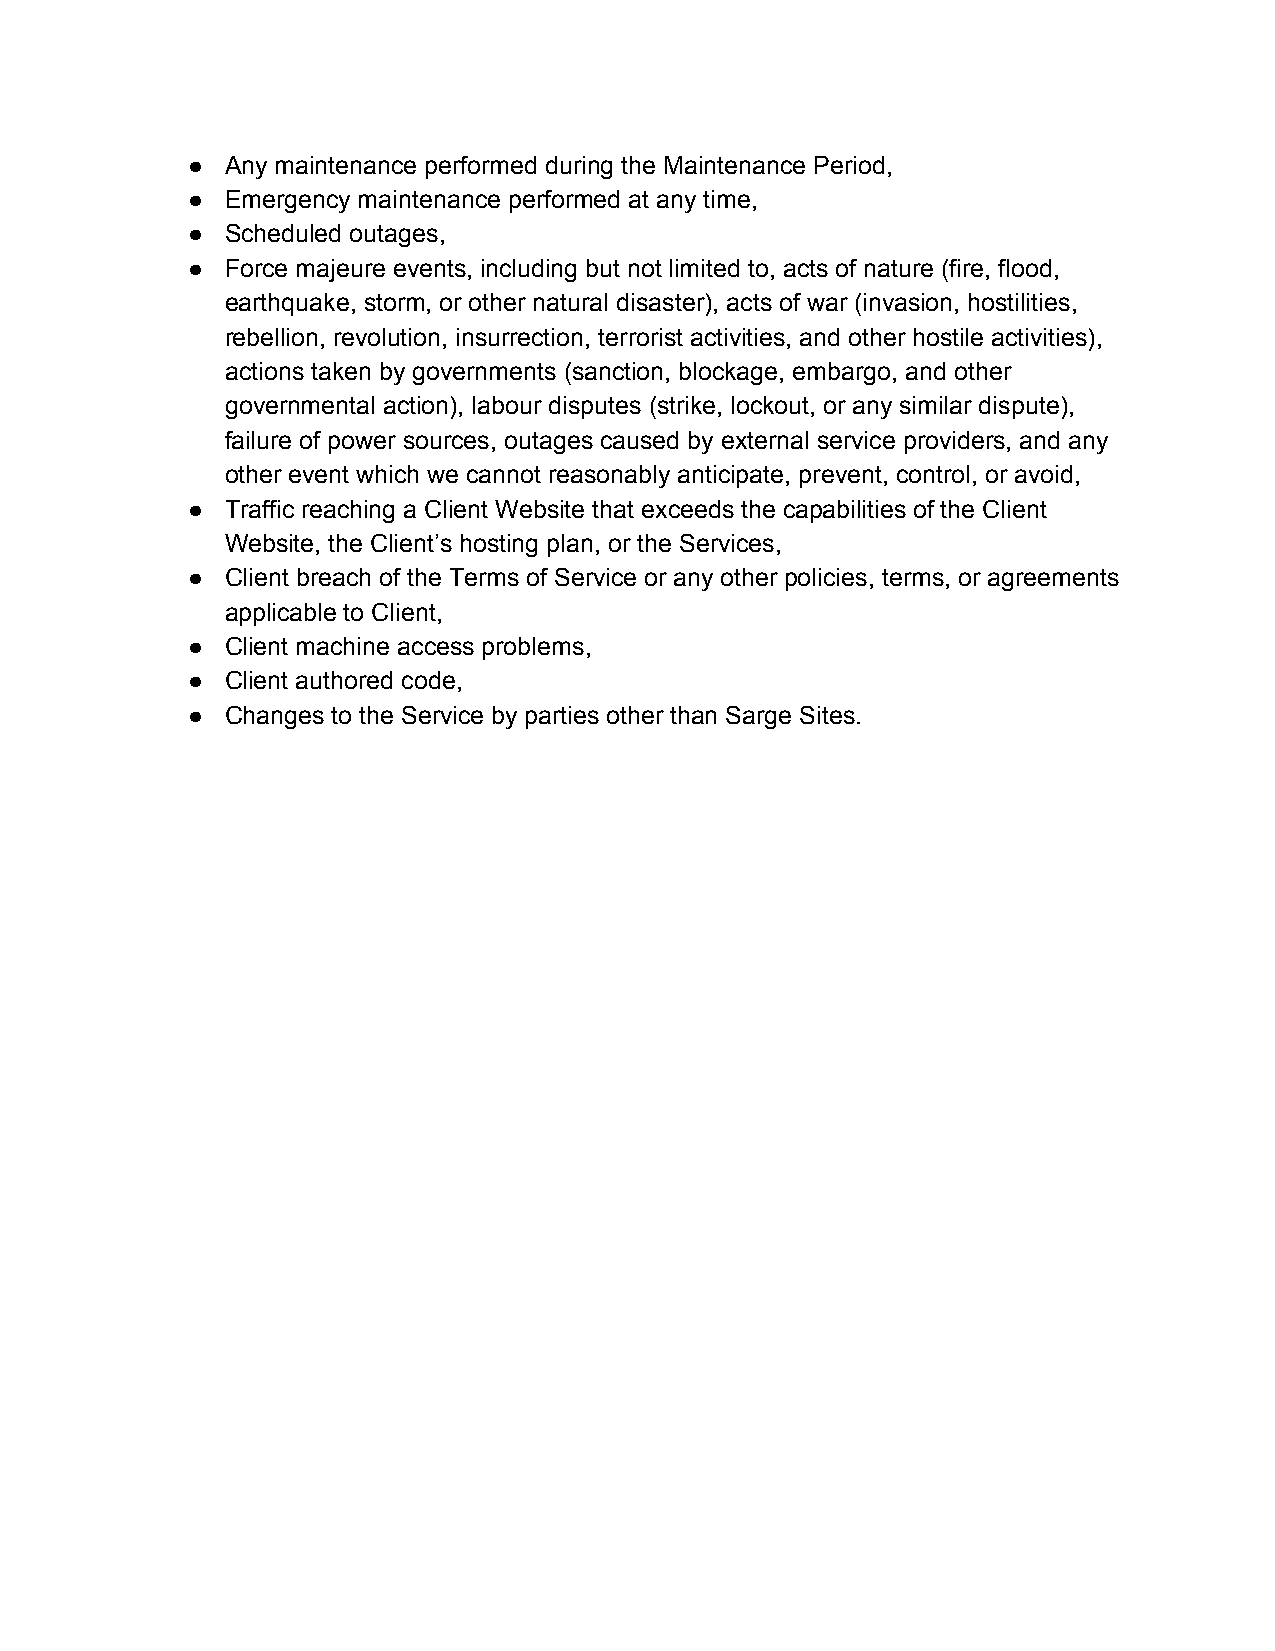
●  Any maintenance performed during the Maintenance Period,
 ●  Emergency maintenance performed at any time,
 ●  Scheduled outages,
 ●  Force majeure events, including but not limited to, acts of nature (fire, flood,
 earthquake, storm, or other natural disaster), acts of war (invasion, hostilities,
 rebellion, revolution, insurrection, terrorist activities, and other hostile activities),
 actions taken by governments (sanction, blockage, embargo, and other
 governmental action), labour disputes (strike, lockout, or any similar dispute),
 failure of power sources, outages caused by external service providers, and any
 other event which we cannot reasonably anticipate, prevent, control, or avoid,
 ●  Traffic reaching a Client Website that exceeds the capabilities of the Client
 Website, the Client’s hosting plan, or the Services,
 ●  Client breach of the Terms of Service or any other policies, terms, or agreements
 applicable to Client,
 ●  Client machine access problems,
 ●  Client authored code,
 ●  Changes to the Service by parties other than Sarge Sites.